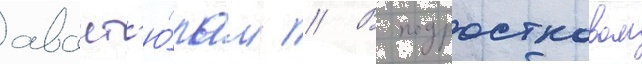
авант'ю́рам // В подростковом